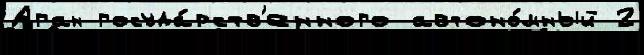
Аган госуда́рств'енного автоно́мный 2